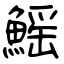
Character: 鰩